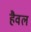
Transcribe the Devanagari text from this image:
हैवल